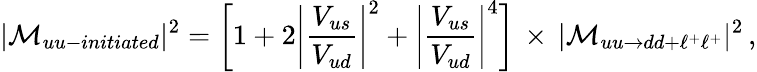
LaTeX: |{\cal M}_{uu-initiated}|^{2}=\left[1+2\left|\frac{V_{us}}{V_{ud}}\right|^{2}+\left|\frac{V_{us}}{V_{ud}}\right|^{4}\right]\, \times\, |{\cal M}_{uu\to dd+\ell^{+}\ell^{+}}|^{2}\, ,